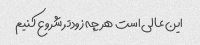
این عالی است هر چه زودتر شروع کنیم